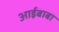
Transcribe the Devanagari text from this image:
आईबाबा